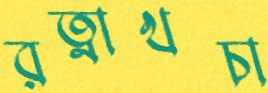
রত্নাখচা